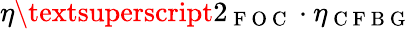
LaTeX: \eta\textsuperscript{2}_{\mathrm{~F~O~C~}}\cdot\eta_{\mathrm{~C~F~B~G~}}